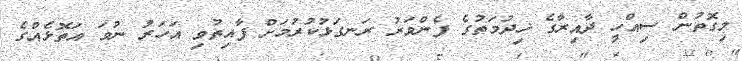
މިގޮތުން ސިއްހީ ދާއިރާގެ ޚިދުމަތުގެ ފެންވަރު ރަނގަޅުކުރުމަށް ފާއިތުވި އަހަރު ނުވަ އަތޮޅެއްގެ